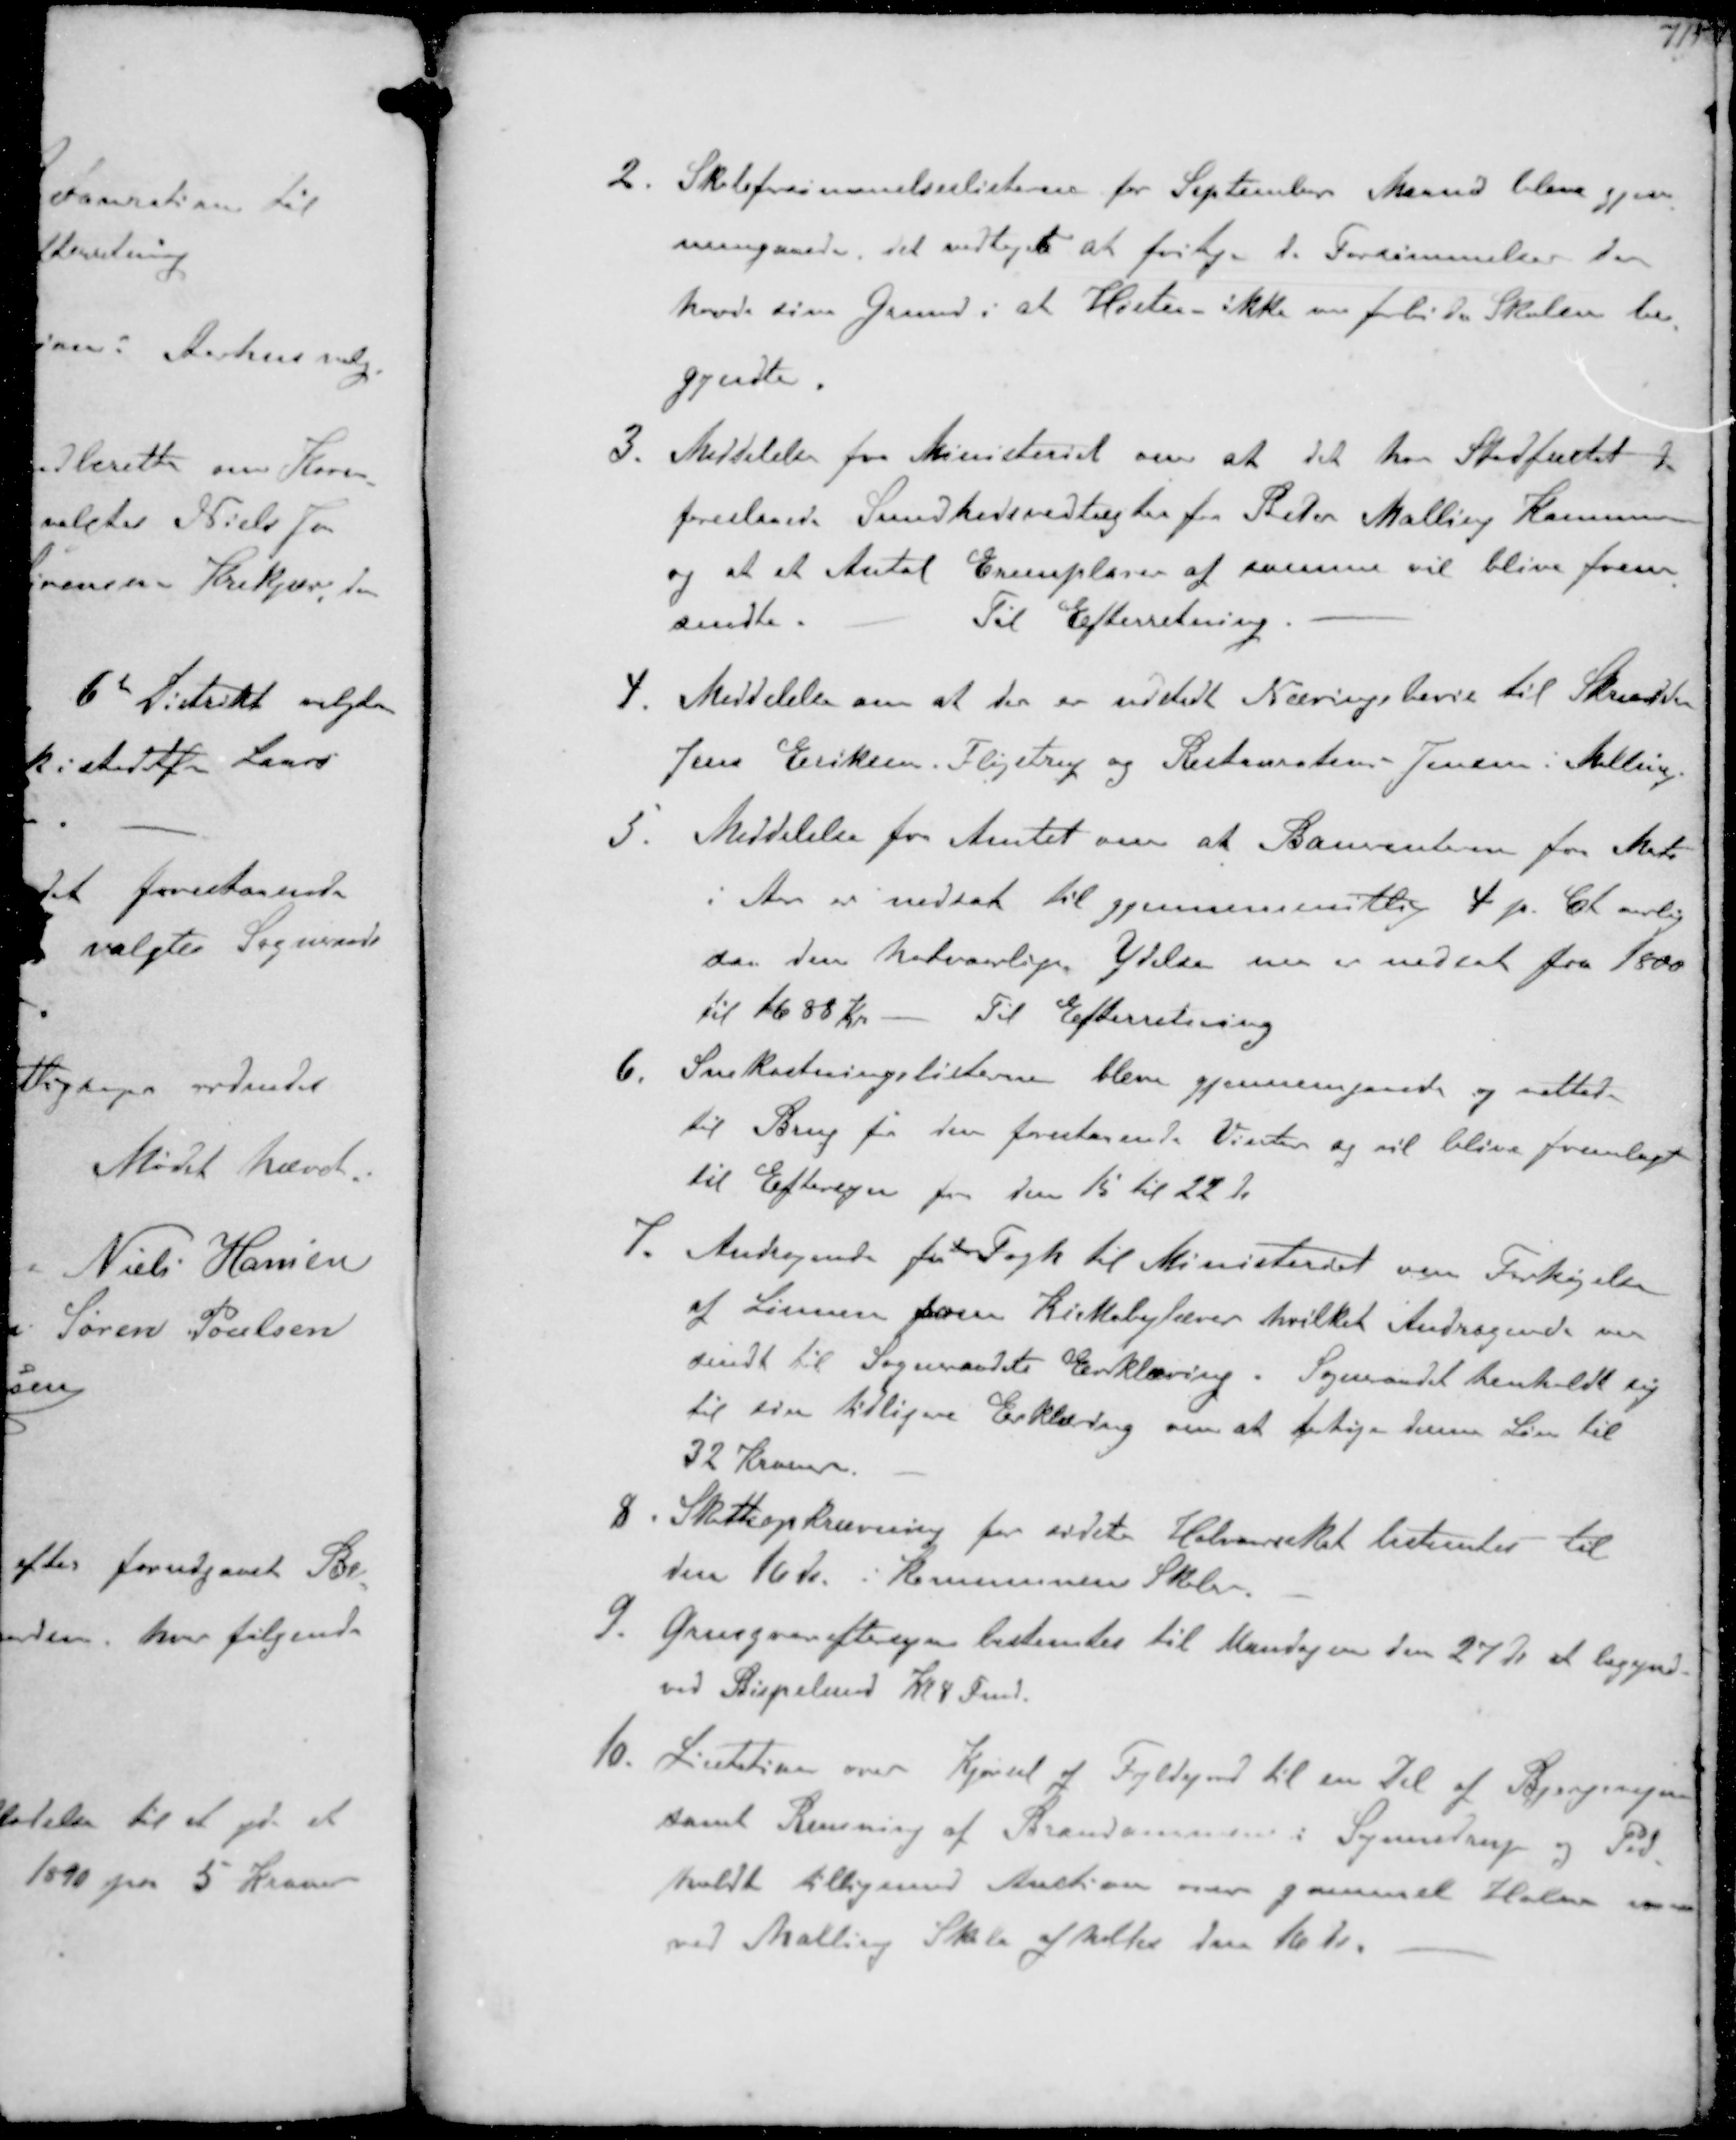
Transskription:
2. Skoleforsømmelseslisterne for September Maaned blev gjen-
nemgaaede det vedtoges at fritage de Forsømmelser der
havde sin Grund i at Høsten ikke var forbi da Skolen be-
gyndte
3. Meddelelse fra Ministeriet omr at det har Stadfæstet de
foreslaaede Sundhedsvedtægter fra Beder Malling Kommune
og at et Antal Exemplarer af samme vil blive frem-
sendte.
Til Efterretning
4. Meddelelse om at der er udstedt Næringsbevis til Skrædder
Jens Eriksen, Fløjstrup og Restaurateur Jensen i Melling
5. Meddelelse fra Amtet om at Banrenten fra Marts
i Aar er nedsat til gjennemsnitlige 4 p.  aarlig
saa den halvaarlige Ydelse nu er nedsat fra 1800
til 1688 Kr - Til Efterretning
6. Snekastningslisterne bleve gjennemgaaede og rettet
til Brug for den forestaaende Vinter og vil blive fremlagt
til Eftersyn fra den 15 til 22 ds
7. Andragende fra Fogh til Ministeriet om Forhøjelse
af Lønnen som Kirkebylærer hvilket Andragende var
sendt til Sogneraadets Erklæring. Sogneraadet henholdt sig
til sin tidligere Erklæring om at forhøje denne Løn til
32 Kroner
8. Skatteopkrævning for sidste Halvaarsskat bestemtes til
den 16de. i Kommunens Skoler
9. Grusgraveftersyn bestemtes til Mandagen den 27de at begynde
ved Bispelund Kl 8 Fmd.
10. Licitation over Kjørsel af Fyldjord til en Del af Bjergevejen
samt Rensning af Brandammen i Synnedrup og Ped-
holdt tilligemed Auktion over gammel Halm m m
ved Malling Skole afholdes den 16de.